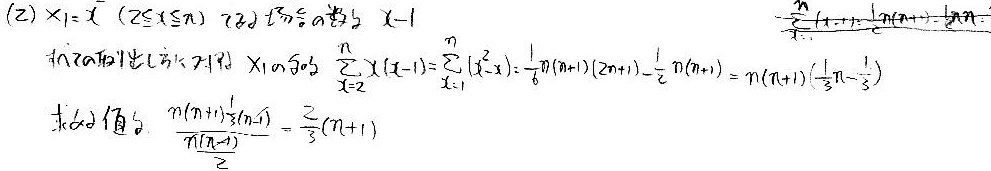
(2) $X_{1}=x\ (2\leq x\leq n)$ 时，$X - 1$ 的概率为 $1$。

根据期望公式 $E[X(X - 1)]=\sum_{x = 2}^{n}x(x - 1)=\sum_{x = 1}^{n}(x^{2}-x)=\frac{1}{6}n(n + 1)(2n + 1)-\frac{1}{2}n(n + 1)=n(n + 1)(\frac{1}{3}n-\frac{1}{3})$

求 $E[X]$ 的值：$\frac{n(n + 1)(\frac{1}{3}n-\frac{1}{3})}{n(n - 1)}=\frac{2}{3}(n + 1)$